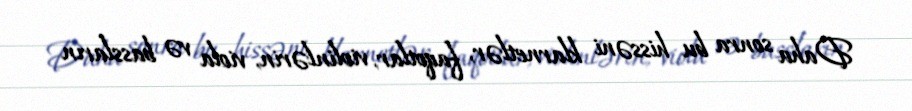
Daha sonra bu hissəni klarnetlər, faqotlar, violinlərin, viola və bassların